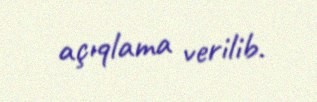
açıqlama verilib.